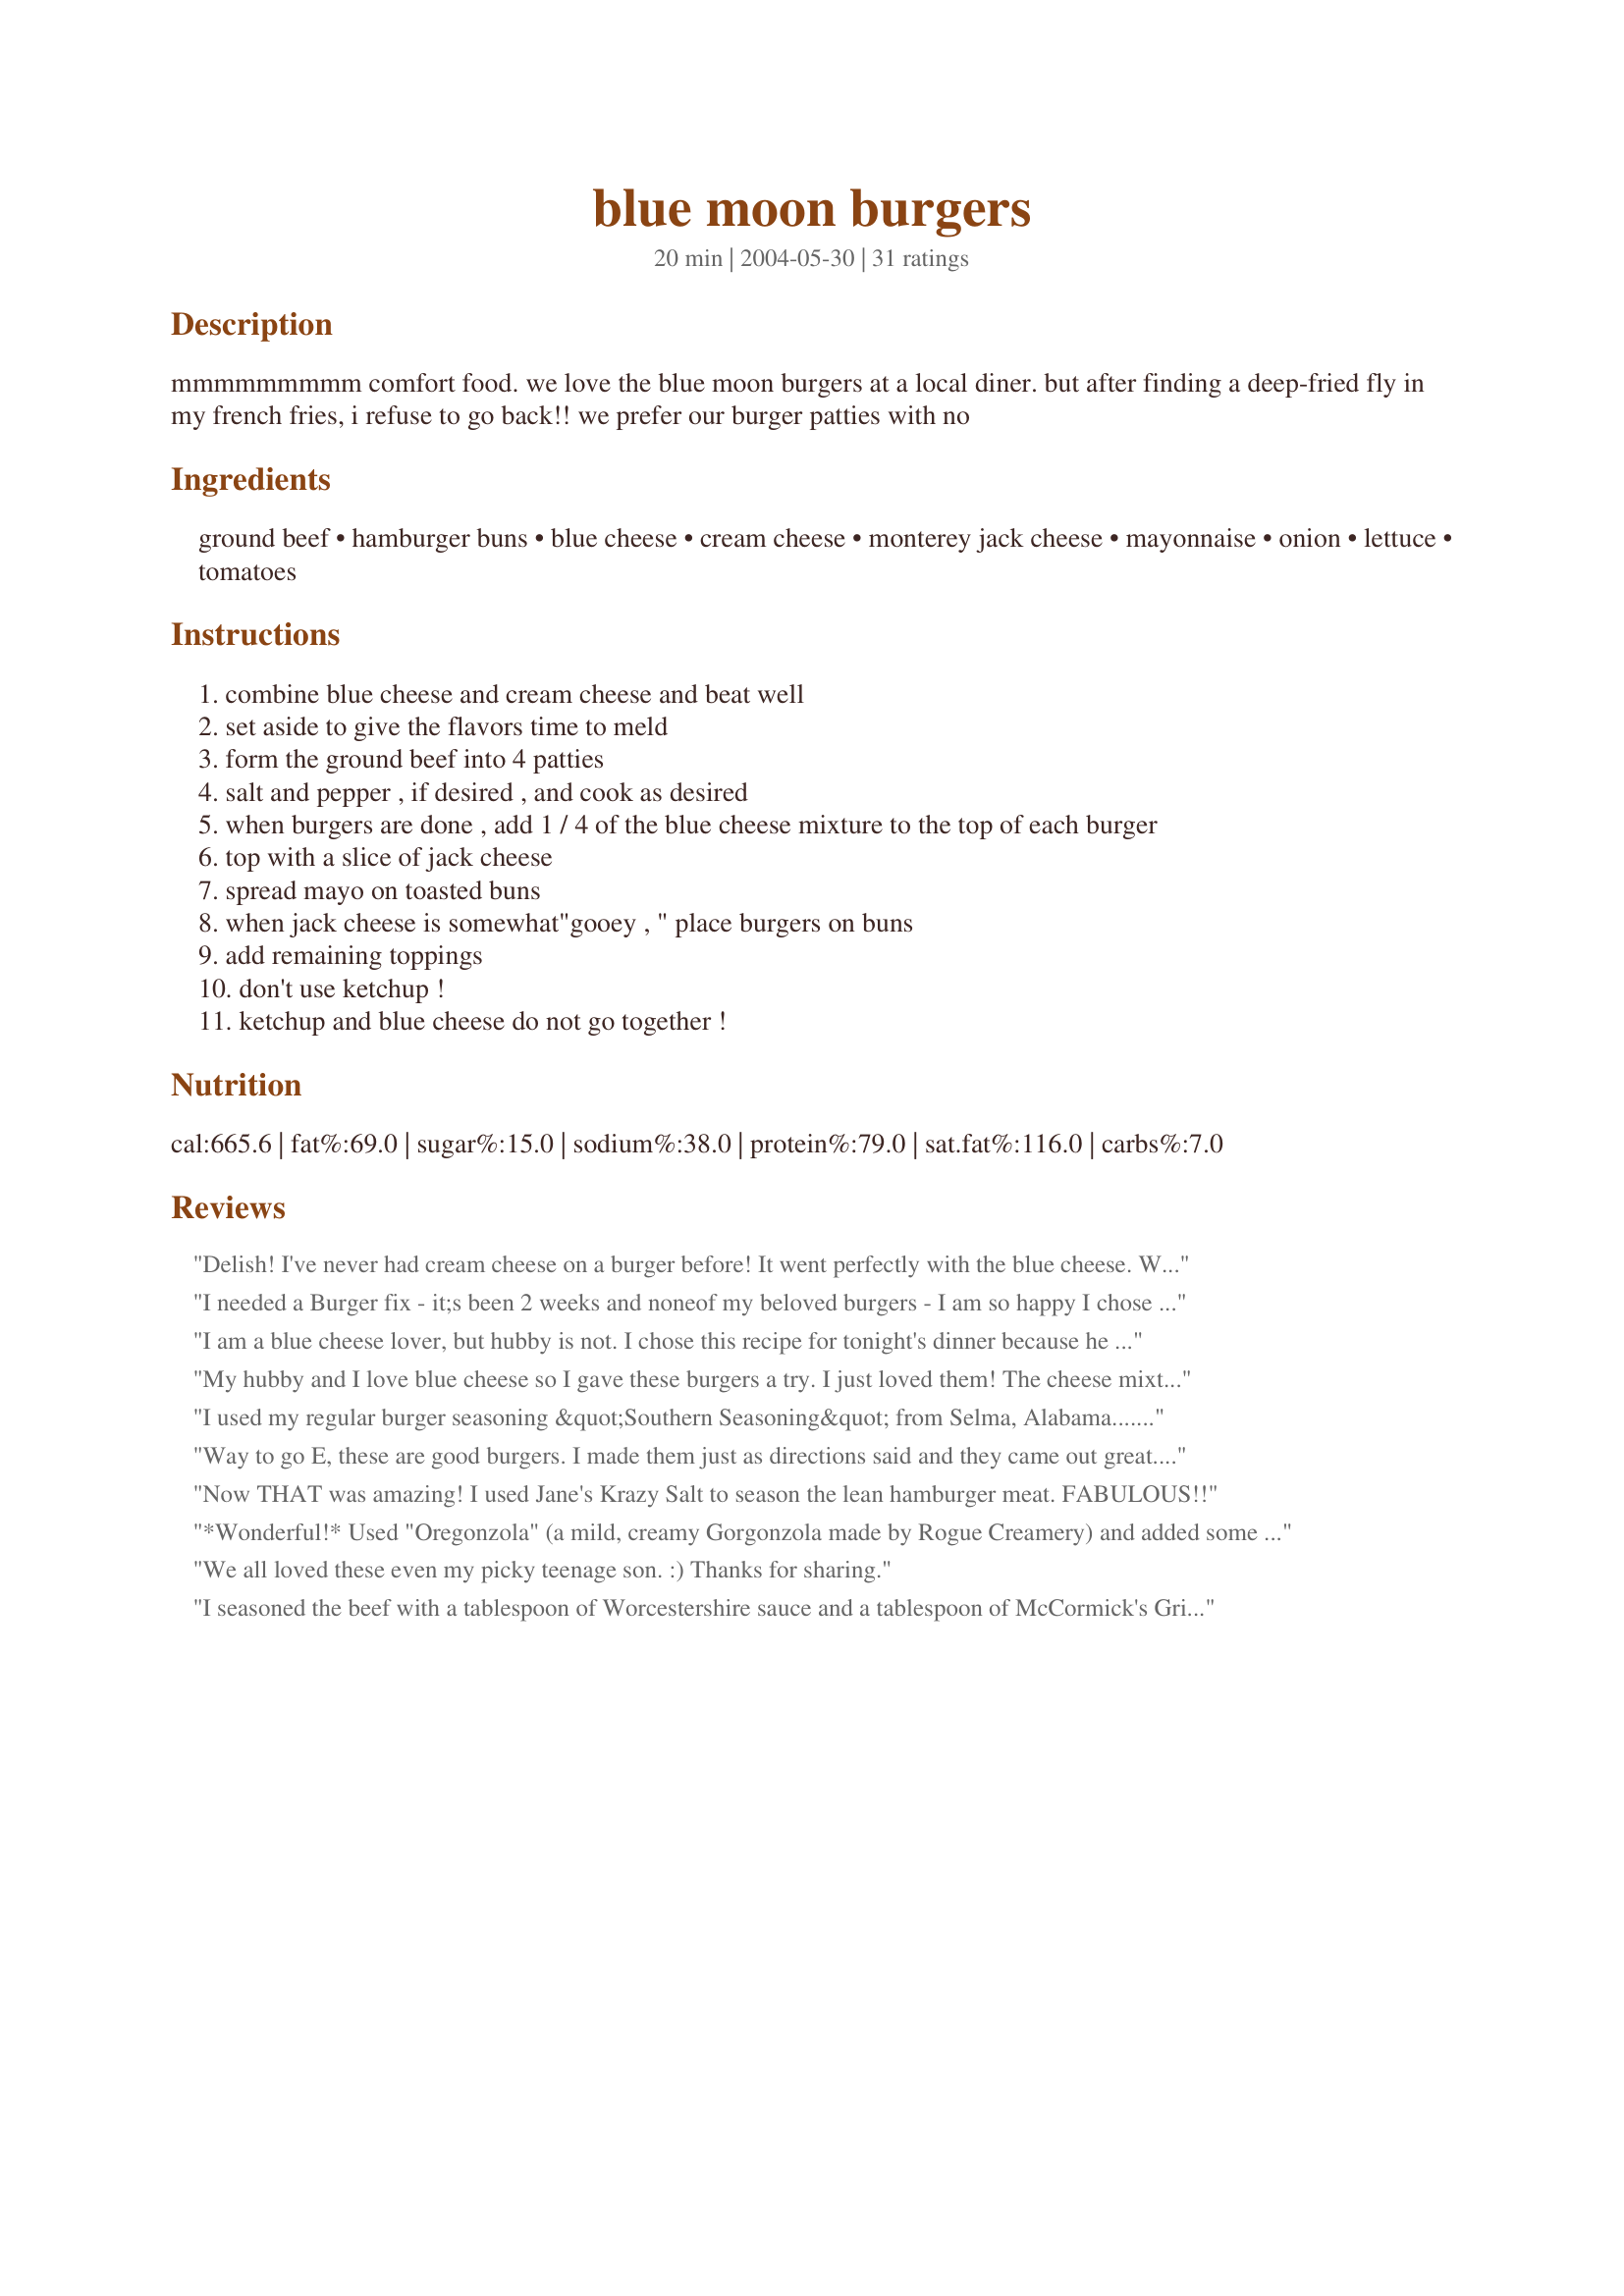
blue moon burgers
Preparation time: 20 minutes

mmmmmmmmm comfort food. we love the blue moon burgers at a local diner. but after finding a deep-fried fly in my french fries, i refuse to go back!! we prefer our burger patties with no

Ingredients:
ground beef, hamburger buns, blue cheese, cream cheese, monterey jack cheese, mayonnaise, onion, lettuce, tomatoes

Steps:
combine blue cheese and cream cheese and beat well
set aside to give the flavors time to meld
form the ground beef into 4 patties
salt and pepper , if desired , and cook as desired
when burgers are done , add 1 / 4 of the blue cheese mixture to the top of each burger
top with a slice of jack cheese
spread mayo on toasted buns
when jack cheese is somewhat"gooey , " place burgers on buns
add remaining toppings
don't use ketchup !
ketchup and blue cheese do not go together !

Reviews:
Delish! I've never had cream cheese on a burger before! It went perfectly with the blue cheese. We added a little bacon and topped them with lettuce and onion. Thanks!
I needed a Burger fix - it;s been 2 weeks and noneof my beloved burgers - I am so happy I chose this recipe to end my burger withdrawal! , Moist tasty burger, I added Mushrooms and coarse mustard with mushrooms on th side. Served with oven fries baked with no oil Thanks Elissa for a super burger.
I am a blue cheese lover, but hubby is not. I chose this recipe for tonight's dinner because he was suppose to be away. Lo and behold, as soon as I tossed my burger on the grill he showed up. I quickly added another burger to the grill for him, and planned to just omit the blue cheese mixture from his. However, somehow, both burgers were soon slathered with (yummy) blue cheese. Oops. LOL Surprisingly, hubby liked the flavor combo. He would have only given the burger 4 stars... topped with just thinly sliced onion. I only used one of my last fresh garden tomatoes sliced on top of my burger. I loved it. We will make these again. (I did only have shredded Monterey jack cheese and just mixed this with the blue and cream cheeses and spread it all on at once... easy and good.)
My hubby and I love blue cheese so I gave these burgers a try. I just loved them! The cheese mixture was so decadent and creamy. It made an ordinary burger really special. My hubby had bacon on his burger and he just loved it too. He isn't a big fan of burgers but I know he'll be requesting this again.Thanks you for sharing this recipe!
I used my regular burger seasoning &quot;Southern Seasoning&quot; from Selma, Alabama......a local concoction that I have become addicted to! Grilled them over a charcoal grill. The cheeses looked melted when I took them off the grill, but once I touched them, I found they were still a bit cold. So I microwaved for a few seconds to heat the cheese up. Delicious burgers! We will make these again!! Thanks for sharing! Made for Whats on the Menu tag game at yuku.com
Way to go E, these are good burgers. I made them just as directions said and they came out great. Thanks,
Brewhead
Now THAT was amazing! I used Jane's Krazy Salt to season the lean hamburger meat. FABULOUS!!
*Wonderful!* Used "Oregonzola" (a mild, creamy Gorgonzola made by Rogue Creamery) and added some crisp bacon. FABULOUS!
We all loved these even my picky teenage son. :) Thanks for sharing.
I seasoned the beef with a tablespoon of Worcestershire sauce and a tablespoon of McCormick's Grill Master seasoning before forming into patties. The blue cheese/cream cheese mixture could be enough for 6 burgers, so I will adjust when I make these again. These are great for when you just have to have a big, cheesy, yummy burger. Very satisfying!
I'm sorry, I just didn't like these and I really wanted to too. You really, really have to like blue cheese. I thought it would be tamed down enough with the cream cheese and jack, but it was still very strong. If I'd like blue cheese I'm sure these would be wonderful.
I used about half the amount of blue cheese and cream cheese and just added a touch of shredded jack cheese as these burgers are plenty cheesy. No need for mayo with this already flavorful burger.
Oh so good! We carmelized the onions and the slightly sweet taste of the onions combined with the bleu cheese was out of this world. I think next time we will try them without the carmelizing the onions, just to try them both ways. Thanks for sharing.
I just couldn't resist that delicious picture! Made as directed except with jalapeno jack and added some grilled onions. Burgers were smaller than I usually make. I would change the ratio of cream cheese to blue cheese. I felt the cream cheese somewhat overwhelmed and mellowed out the blue cheese, which I adore. In the future I would use about an ounce of cream cheese to 4 ounces of blue. We enjoyed trying these. Thanks for sharing the recipe!
bland and tasteless, ill stick to mine
Simple and a great burger.
This was OUT OF THIS WORLD good! Wow! Oozy delicious blend of cheeses ....ohhhh so good.
I absolutely adore blue cheese on burgers. I always order the blue burger at our favorite burger joint. I was so excited to see this recipe and I wasnt disappointed. It has mad flavors and it so good. I will continue to make these as we all loved them. Thank you so much for bringing my favorites into my own home.
Loved these! My husband and I have always been fans of blue cheese burgers and these definetly fit the bill. Thnx for a great recipe!!
Awesome burgers! We added lettuce and red onion, but felt they needed no additional condiments. Now that grilling weather has returned, I'm sure I'll be making these often. Thanks for posting!
I don't want to rate this with stars and ruin your ratings, but this to us was not very good. I am not sure what I did wrong. I followed this recipe exactly like you stated. The blue cheese made this bitter. We ended up not eating this and throwing it away. Sorry. Wish this would have worked for us because it sounds very good!
easy to make, however next time I will cut down on the bleu cheese. very good taste.
With all the cheese, these burgers are sinful enough without the buns, so I just had mine with no bun, topped with just a thin spreading of mayo and a slice of onion. Still moist and delicious!
add some bacon on it is great
This is a really good burger.
UPDATED 1/12/05: Made this burger for myself again and this time only used 1/2 of the cream cheese and blue cheese. YEAH, I actually finished the whole burger this time!!! Thanks again Elissa for a wonderful burger recipe, I can't say enough about how tasty it is!

 Elissa, all I can say is YUMMM!!! Bergy's post of her pics and review sold me on this burger and I'm so glad I made it. The cheese complimented eachother very well and would have never thought of combining them. There were 2 things I did different, one was I used my own hamburger mix as I had some already made in the freezer and I used jalapeno monterey jack cheese as it was all I had in the fridge. Also, as I told Bergy, I think I went a little overboard on the blue & cream cheeses as I could only eat 1/2 the burger because I was full. Or it could have been that my DS & I didn't eat dinner until after 7:00pm last night. Whichever it was didn't matter because this burger was just simply delicious. Thank for posting and I'll be making again on a Tuesday evening :) â€” posted Jan 5, 2005,1 member found this helpful

 I can't believe I forgot to post a review for these burgers! Gayla's new picture has me thinking about how good these were again. No tomato for me and had to broil them here in the Indiana winter, but they are still excellent. They were every bit as good as they look. Thanks for a new way to do up a standby that could become boring without new twists like this! : )
Blue cheese and hamburger meat being two of my favorite things, this recipe was out of this world for me. I will make this repeatedly. Thank you, Elissa!
I added some spice to my hamburger meat and made it as directed and these hit the spot. I'm addicted to blue cheese at the moment and this was perfect.
Fantastic! I have a new favorite burger. And I'm thinking about what else I could do with that blue cheese/cream cheese mixture.... ummm.
Yummy! Super flavor. I added sauteed mushrooms (as I had a package to use up). Tasty addition. The burger was so filling we really didn't need anything on the side. Thanks for the post.
